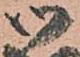
候